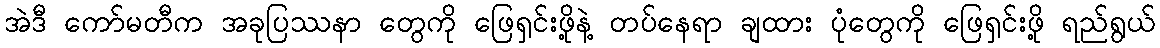
အဲဒီ ကော်မတီက အခုပြဿနာ တွေကို ဖြေရှင်းဖို့နဲ့ တပ်နေရာ ချထား ပုံတွေကို ဖြေရှင်းဖို့ ရည်ရွယ်